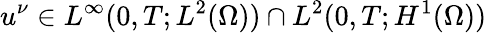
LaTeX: u^{\nu}\in L^{\infty}(0,T;L^{2}(\Omega))\cap L^{2}(0,T;H^{1}(\Omega))